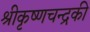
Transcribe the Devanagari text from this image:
श्रीकृष्णचन्द्रकी